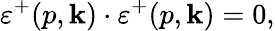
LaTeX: \varepsilon^{+}(p,\mathbf{k})\cdot\varepsilon^{+}(p,\mathbf{k})=0,